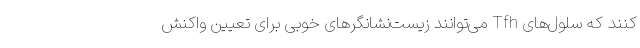
کنند که سلول‌های Tfh می‌توانند زیست‌نشانگرهای خوبی برای تعیین واکنش